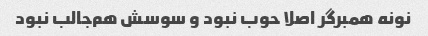
نونه همبرگر اصلا حوب نبود و سوسش هم‌جالب نبود